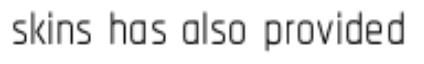
skins has also provided